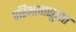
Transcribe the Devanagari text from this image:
परिभाषासूत्रात